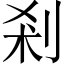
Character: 剎